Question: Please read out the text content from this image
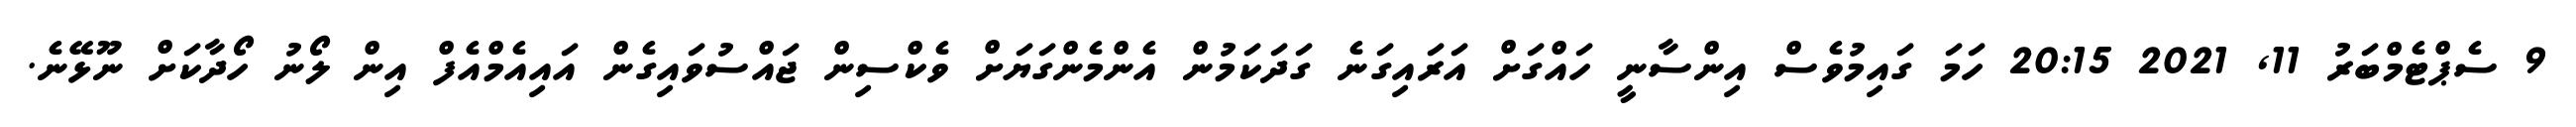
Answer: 9 ސެޕްޓެމްބަރު 11, 2021 20:15 ހަމަ ގައިމުވެސް އިންސާނީ ހައްގަށް އަރައިގަނެ ގަދަކަމުން އެންމެންގަޔަށް ވެކްސިން ޖައްސުވައިގެން އައިއެމްއެފް އިން ލޯނު ހޯދާކަށް ނޫޅޭނެ.